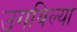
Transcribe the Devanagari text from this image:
उगविल्या